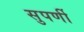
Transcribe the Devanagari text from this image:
सुपर्णी